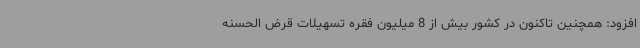
افزود: همچنین تاکنون در کشور بیش از 8 میلیون فقره تسهیلات قرض الحسنه